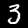
Digit: 3